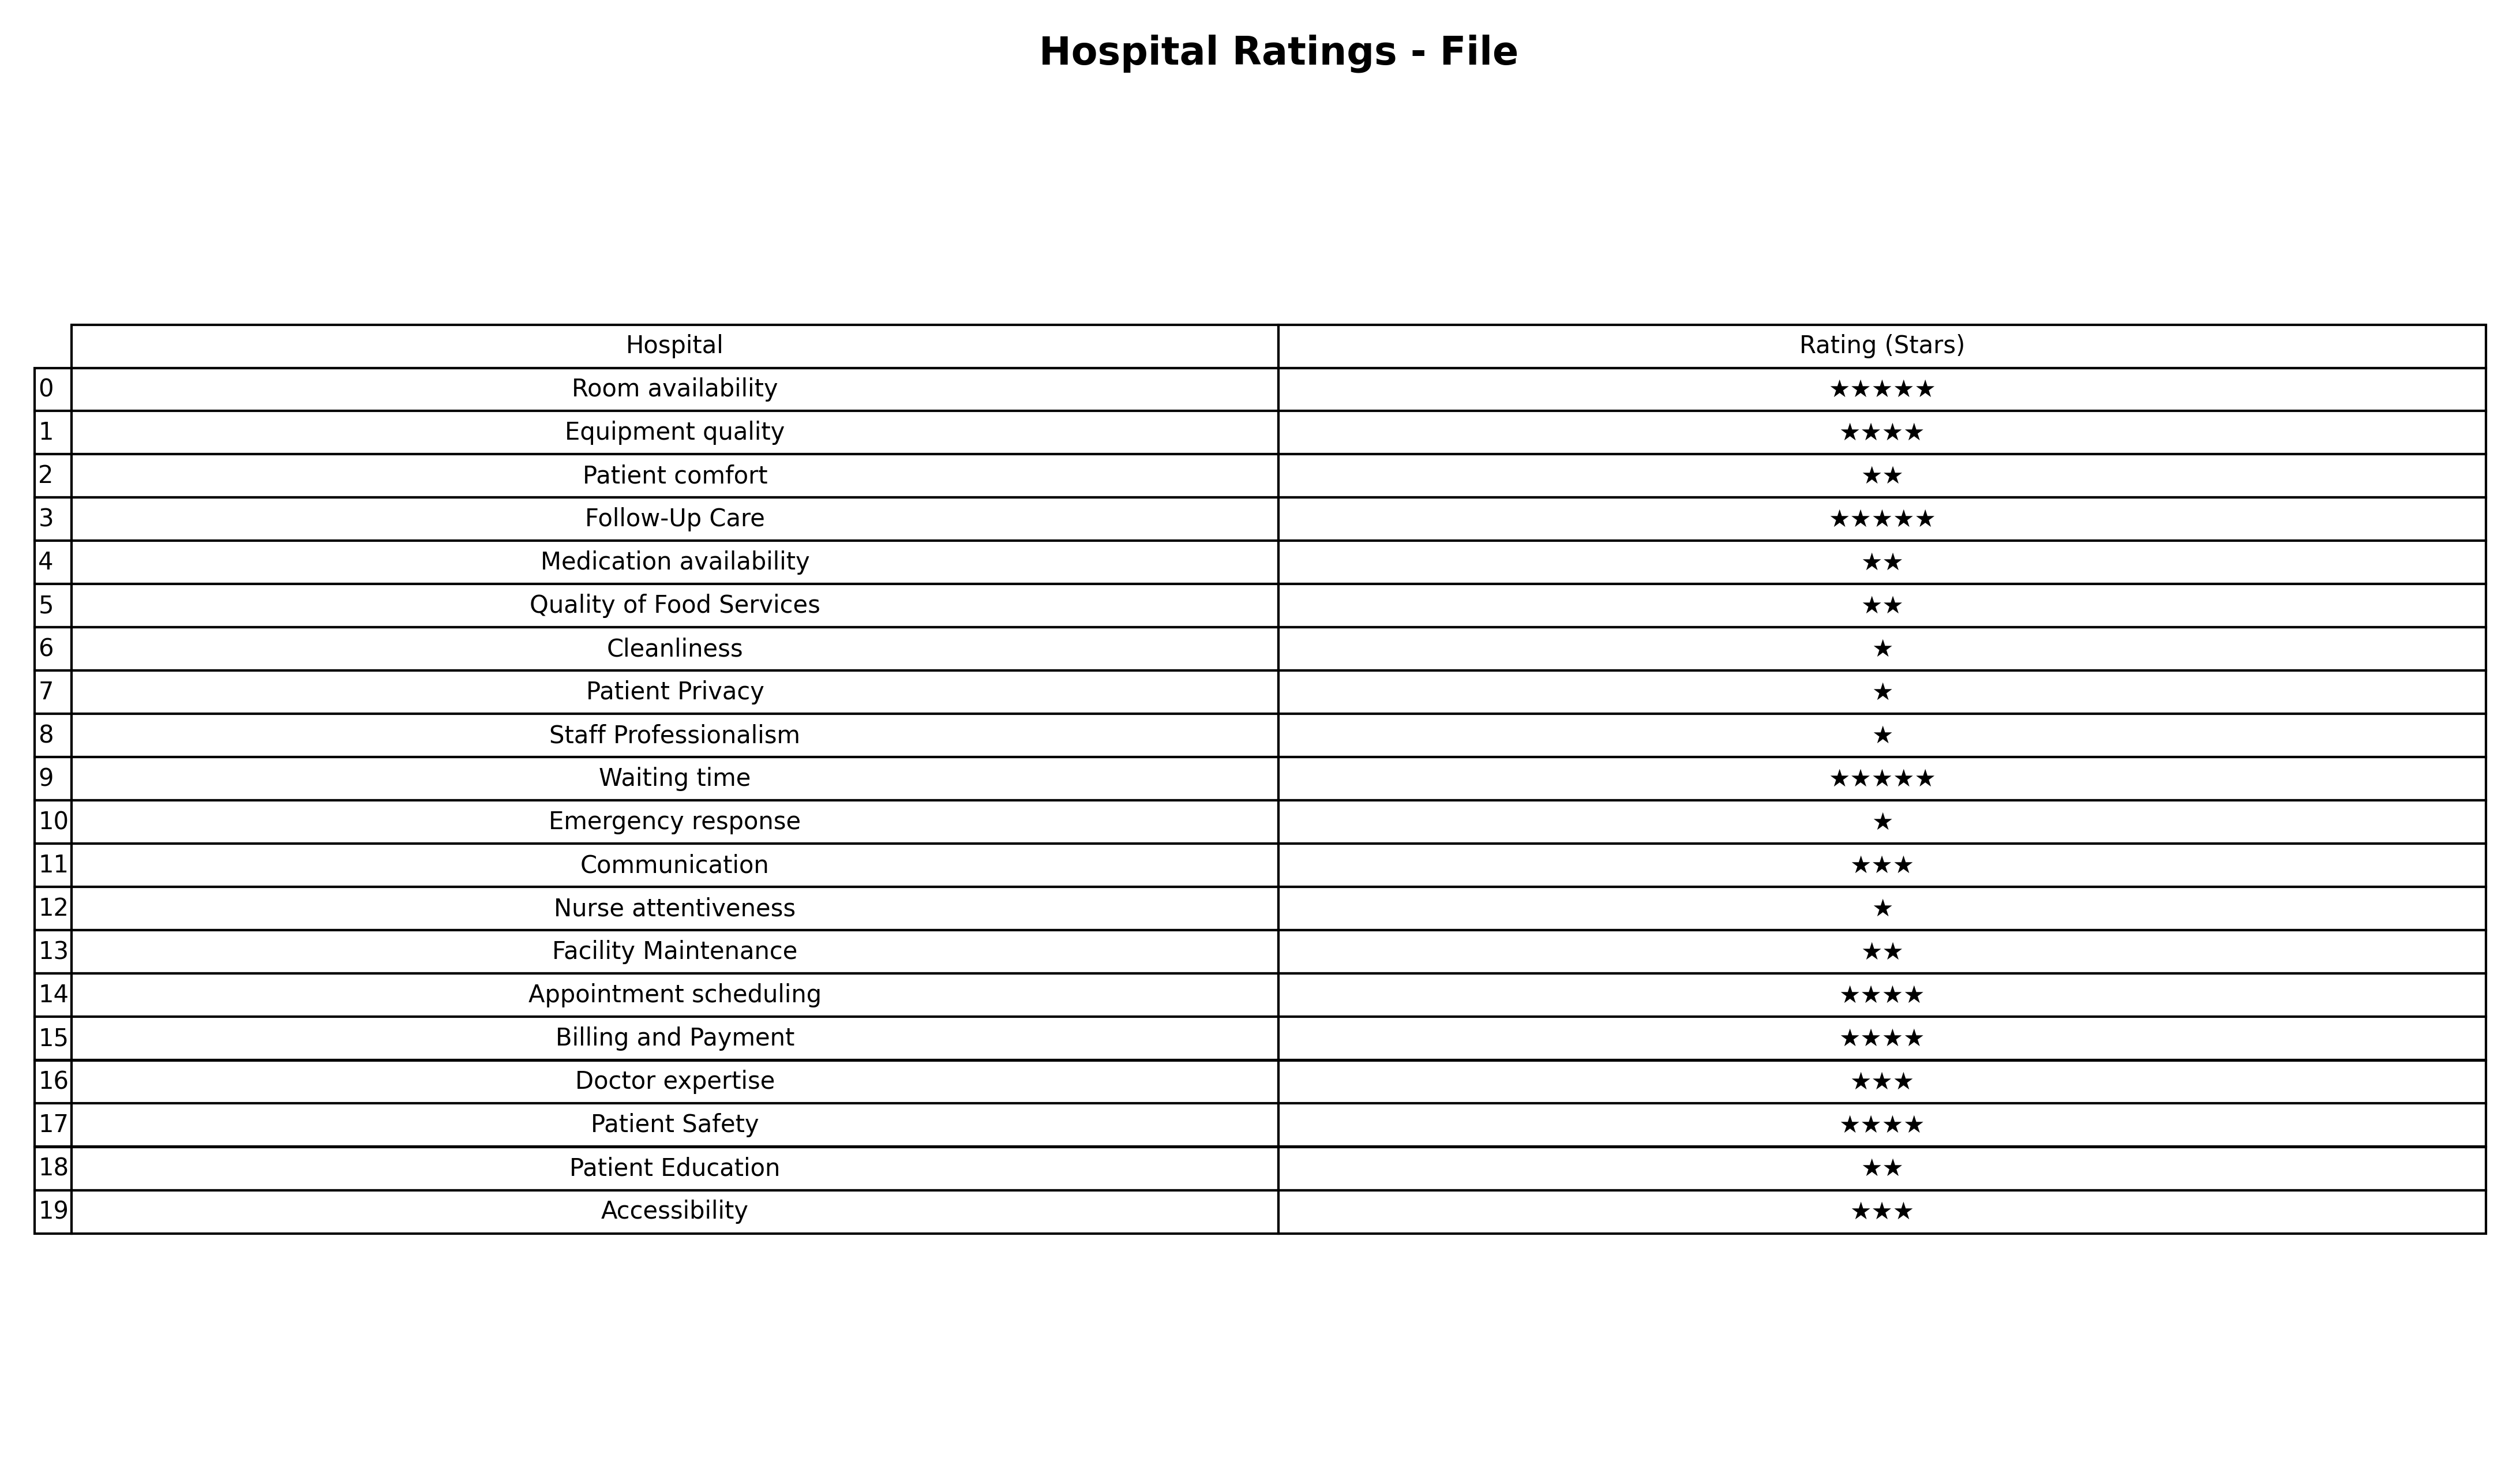
question: What are five star services?
answer: Room availabilityFollow-Up CareWaiting time